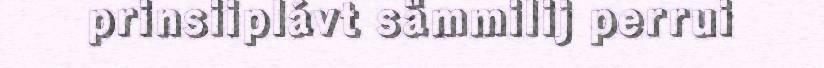
prinsiiplávt sämmilij perrui